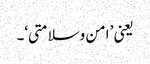
یعنی ’ امن وسلامتی‘۔